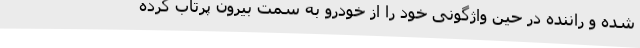
شده و راننده در حین واژگونی خود را از خودرو به سمت بیرون پرتاب کرده